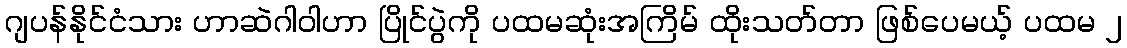
ဂျပန်နိုင်ငံသား ဟာဆဲဂါဝါဟာ ပြိုင်ပွဲကို ပထမဆုံးအကြိမ် ထိုးသတ်တာ ဖြစ်ပေမယ့် ပထမ ၂